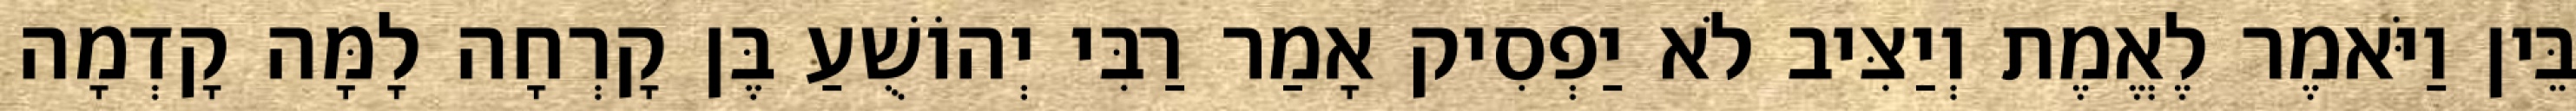
בֵּין וַיֹּאמֶר לֶאֱמֶת וְיַצִּיב לֹא יַפְסִיק אָמַר רַבִּי יְהוֹשֻׁעַ בֶּן קָרְחָה לָמָּה קָדְמָה